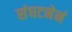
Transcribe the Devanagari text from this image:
संघटनेनं